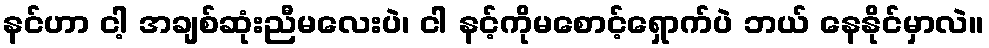
နင်ဟာ ငါ့ အချစ်ဆုံးညီမလေးပဲ၊ ငါ နင့်ကိုမစောင့်ရှောက်ပဲ ဘယ် နေနိုင်မှာလဲ။